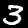
Label: 3